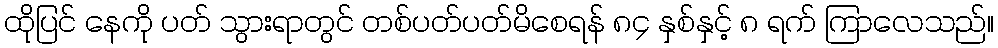
ထိုပြင် နေကို ပတ် သွားရာတွင် တစ်ပတ်ပတ်မိစေရန် ၈၄ နှစ်နှင့် ၈ ရက် ကြာလေသည်။